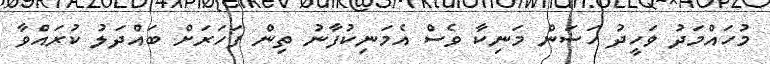
މުހައްމަދު ވަހީދު ހަސަން މަނިކާ ވެސް އެމަނިކުފާނު ތިން ފަހަރަށް ބައްދަލު ކުރައްވާ